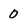
Character: 0